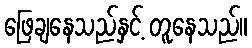
ဖြေချနေသည်နှင့် တူနေသည်။